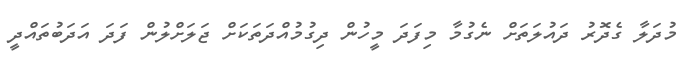
މުދަލާ ގެދޮރު ދައުލަތަށް ނެގުމާ މިފަދަ މީހުން ދިގުމުއްދަތަކަށް ޖަލަށްލުން ފަދަ އަދަބުތައްދީ